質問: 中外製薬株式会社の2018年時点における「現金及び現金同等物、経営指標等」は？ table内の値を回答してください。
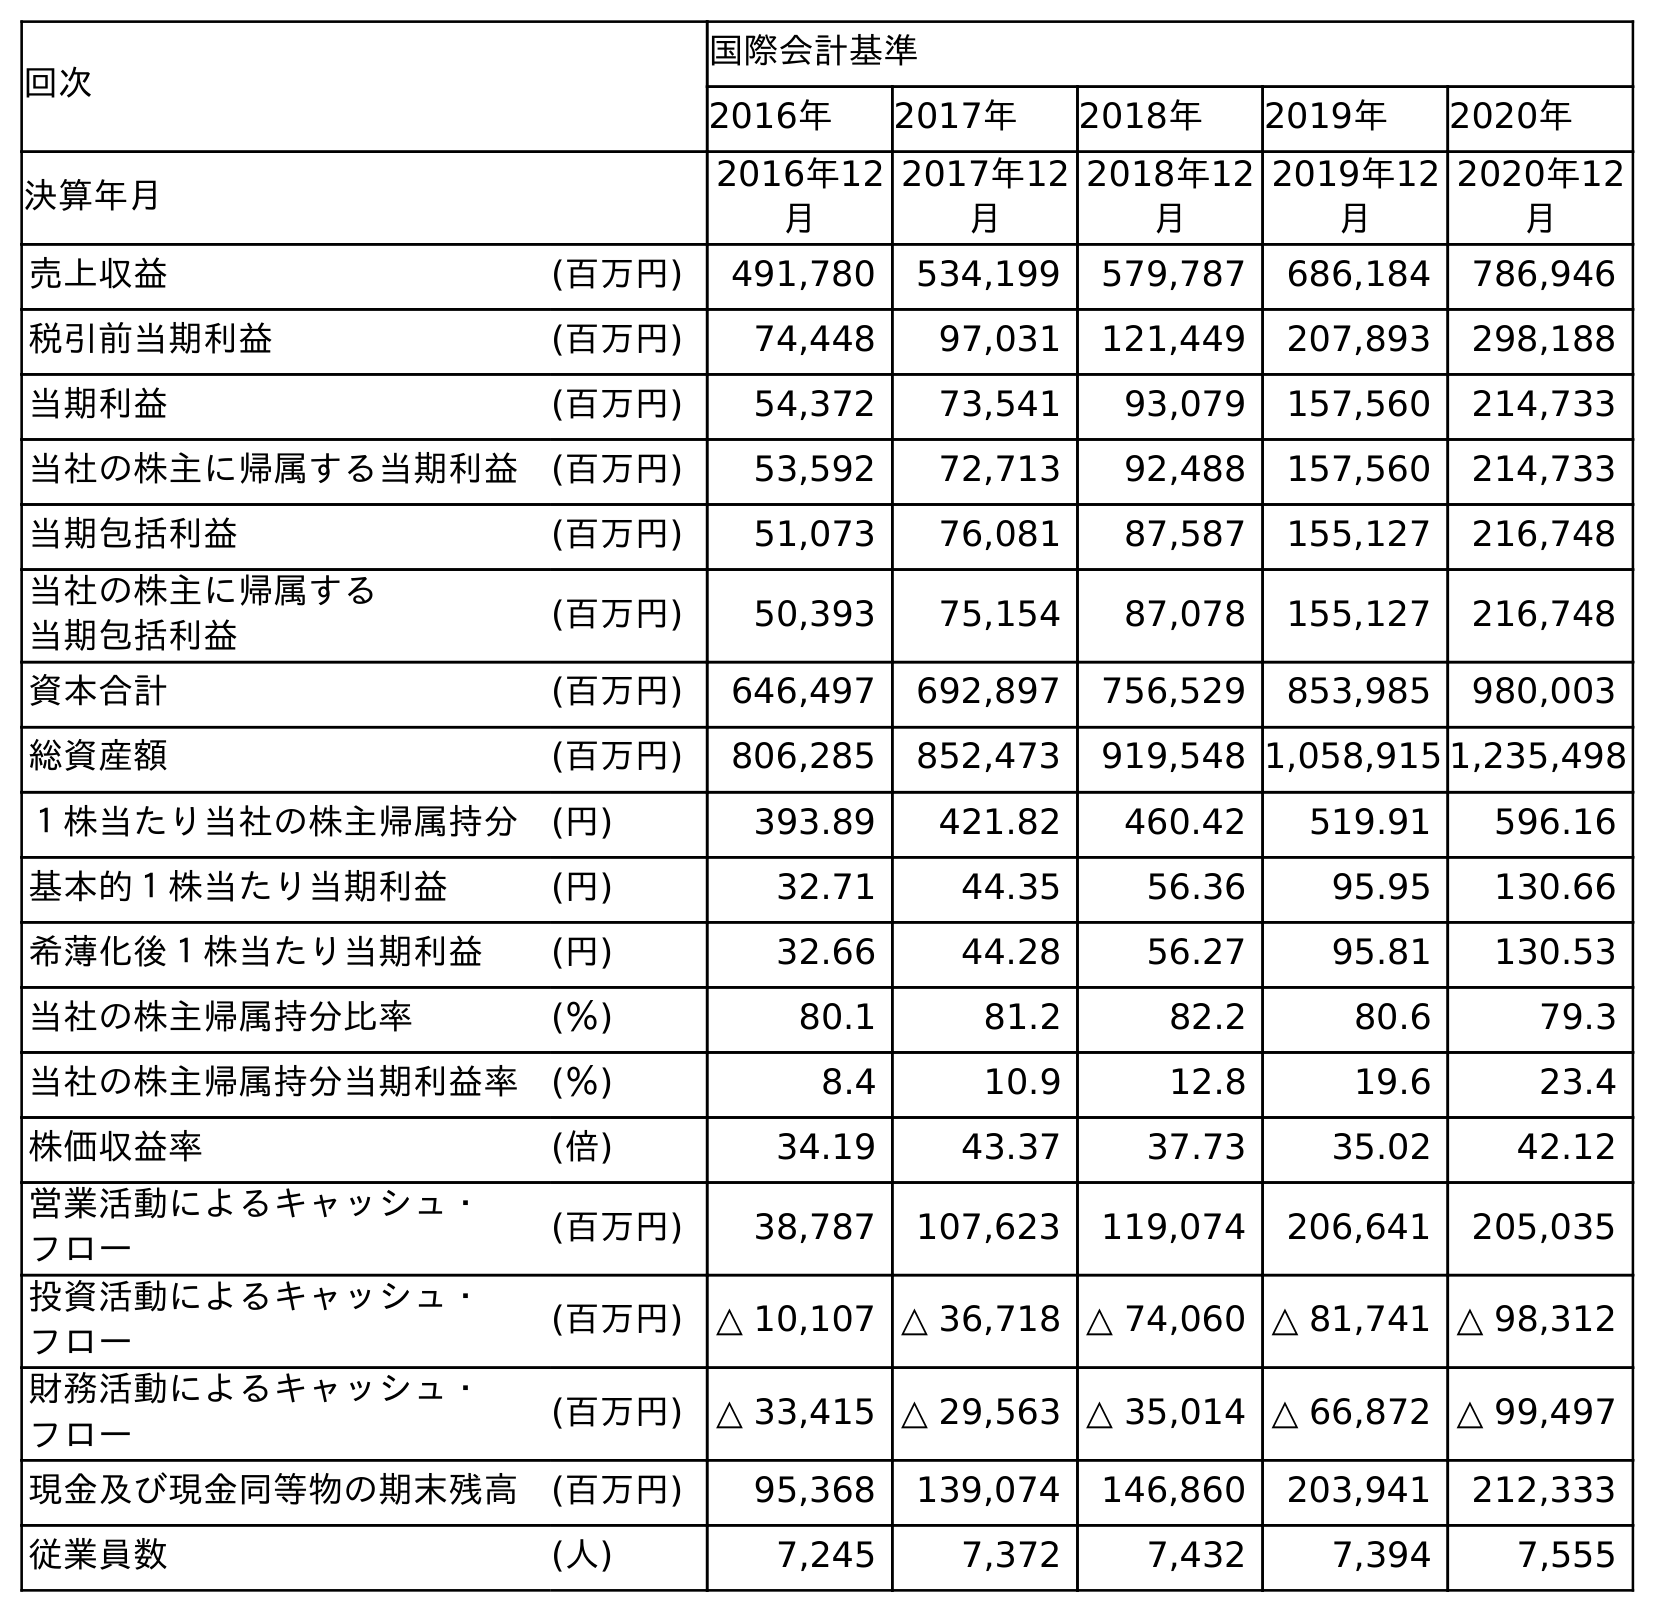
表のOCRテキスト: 回次 国際会計基準 2016年 2017年 2018年 2019年 2020年 決算年月 2016年12 月 2017年12 月 2018年12 月 2019年12 月 2020年12 月 売上収益 (百万円) 491,780 534,199 579,787 686,184 786,946 税引前当期利益 (百万円) 74,448 97,031 121,449 207,893 298,188 当期利益 (百万円) 54,372 73,541 93,079 157,560 214,733 当社の株主に帰属する当期利益 (百万円) 53,592 72,713 92,488 157,560 214,733 当期包括利益 (百万円) 51,073 76,081 87,587 155,127 216,748 当社の株主に帰属する 当期包括利益 (百万円) 50,393 75,154 87,078 155,127 216,748 資本合計 (百万円) 646,497 692,897 756,529 853,985 980,003 総資産額 (百万円) 806,285 852,473 919,548 1,058,915 1,235,498 １株当たり当社の株主帰属持分 (円) 393.89 421.82 460.42 519.91 596.16 基本的１株当たり当期利益 (円) 32.71 44.35 56.36 95.95 130.66 希薄化後１株当たり当期利益 (円) 32.66 44.28 56.27 95.81 130.53 当社の株主帰属持分比率 (％) 80.1 81.2 82.2 80.6 79.3 当社の株主帰属持分当期利益率 (％) 8.4 10.9 12.8 19.6 23.4 株価収益率 (倍) 34.19 43.37 37.73 35.02 42.12 営業活動によるキャッシュ・ フロー (百万円) 38,787 107,623 119,074 206,641 205,035 投資活動によるキャッシュ・ フロー (百万円) △ 10,107 △ 36,718 △ 74,060 △ 81,741 △ 98,312 財務活動によるキャッシュ・ フロー (百万円) △ 33,415 △ 29,563 △ 35,014 △ 66,872 △ 99,497 現金及び現金同等物の期末残高 (百万円) 95,368 139,074 146,860 203,941 212,333 従業員数 (人) 7,245 7,372 7,432 7,394 7,555
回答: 146,860